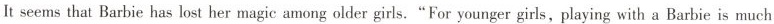
It seems that Barbie has lost her magic among older girls."For younger girls, playing with a Barbie is much